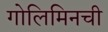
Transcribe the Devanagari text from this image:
गोलिमिनची